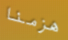
هزمنا